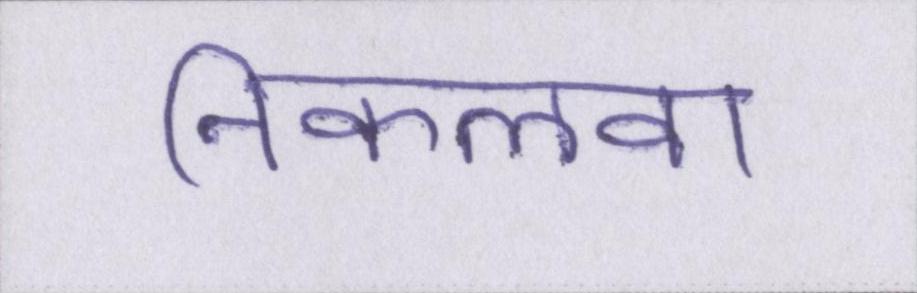
निकलवा